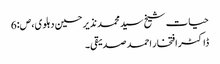
حیات شیخ سید محمد نذیر حسین دہلوی، ص:6
ڈاکٹر افتخار احمد صدیقی۔